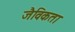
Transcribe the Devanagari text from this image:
जैविकता